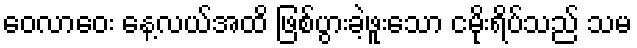
ဝေလာဝေး နေ့လယ်အထိ ဖြစ်ပွားခဲ့ဖူးသော ငမိုးရိပ်သည် သမ